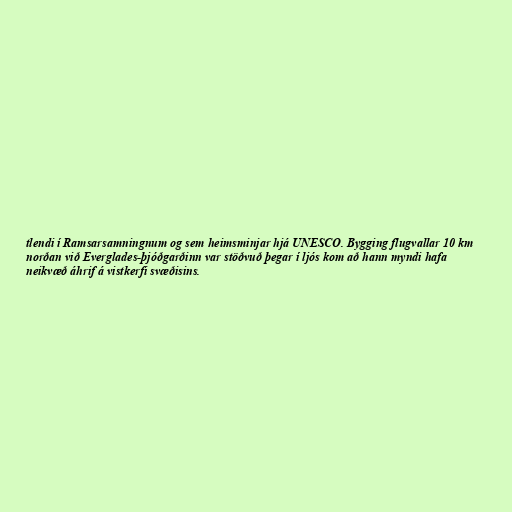
tlendi í Ramsarsamningnum og sem heimsminjar hjá UNESCO. Bygging flugvallar 10 km
norðan við Everglades-þjóðgarðinn var stöðvuð þegar í ljós kom að hann myndi hafa
neikvæð áhrif á vistkerfi svæðisins.